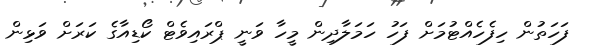
ފަހަތުން ހިފެހެއްޓުމަށް ފަހު ހަމަލާދިން މީހާ ވަނީ ޕްރައިވެޓް ކޯޑިއާގެ ކަރަށް ވަޅިން